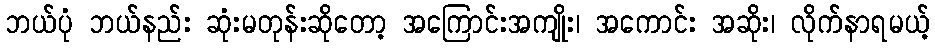
ဘယ်ပုံ ဘယ်နည်း ဆုံးမတုန်းဆိုတော့ အကြောင်းအကျိုး၊ အကောင်း အဆိုး၊ လိုက်နာရမယ့်